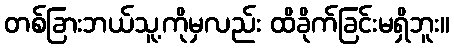
တစ်ခြားဘယ်သူ့ကိုမှလည်း ထိခိုက်ခြင်းမရှိဘူး။